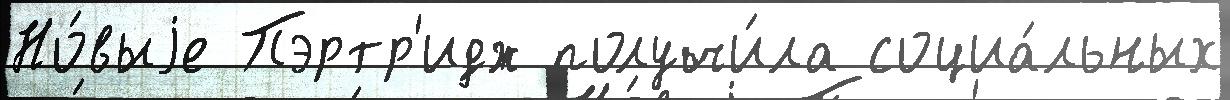
Но́выjе Пэртр'идж получи́ла социа́льных